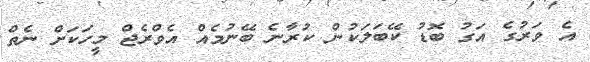
އެ ވަރުގެ އަގު ބޮޑު ކޭބަލަކުން ކުރާނެ ބޭނުމެއް އެވްރެޖް މީހަކަށް ނެތް